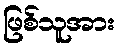
ဖြစ်သူအား